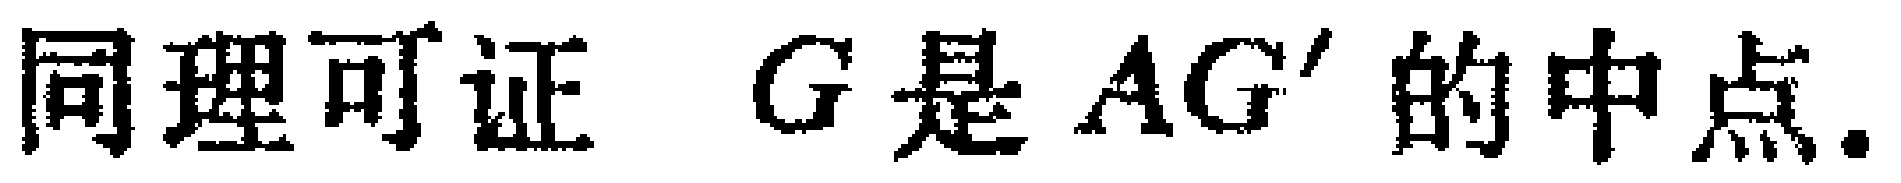
同理可证 \(G\)是 \(AG'\)的中点.